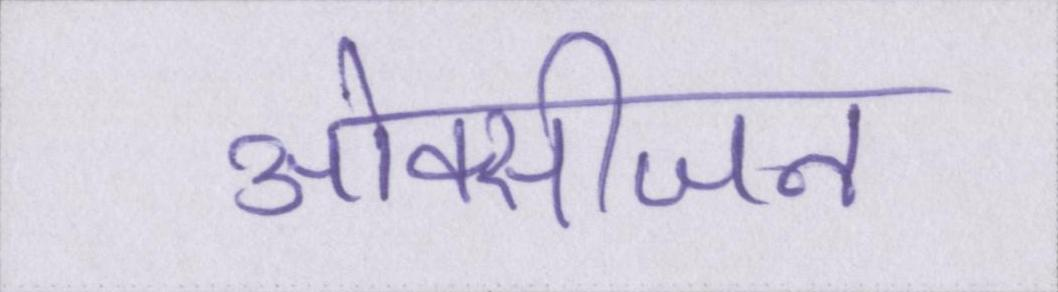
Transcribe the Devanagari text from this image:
ओक्सीजन